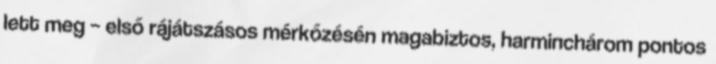
lett meg – első rájátszásos mérkőzésén magabiztos, harminchárom pontos